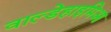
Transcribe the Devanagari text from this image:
वाल्डेहाइमिआ